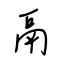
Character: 鬲